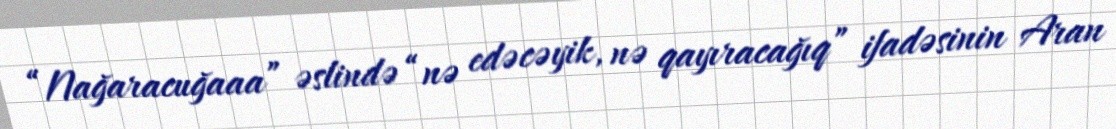
“Nağaracuğaaa” əslində “nə edəcəyik, nə qayıracağıq” ifadəsinin Aran